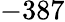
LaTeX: -387